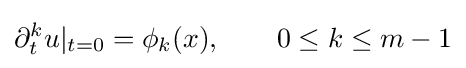
\partial _{t}^{k}u|_{t=0}=\phi _{k}(x),\qquad 0\leq k\leq m-1